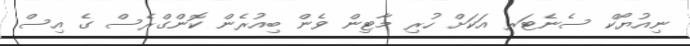
ނިއުޔޯކް ސެނެޓަރ އަކަށް ހުރި މާޓިން ވެން ބިއުރެން ކޮންގްރެސް ގެ އިސް